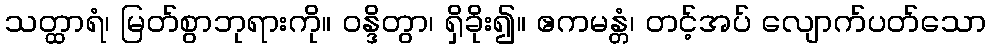
သတ္ထာရံ၊ မြတ်စွာဘုရားကို။ ဝန္ဒိတွာ၊ ရှိခိုး၍။ ဧကမန္တံ၊ တင့်အပ် လျောက်ပတ်သော